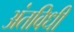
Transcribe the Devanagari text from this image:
अंतविधी